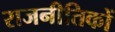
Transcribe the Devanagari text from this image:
राजनीतिकों